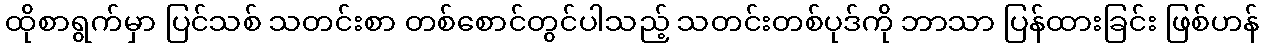
ထိုစာရွက်မှာ ပြင်သစ် သတင်းစာ တစ်စောင်တွင်ပါသည့် သတင်းတစ်ပုဒ်ကို ဘာသာ ပြန်ထားခြင်း ဖြစ်ဟန်